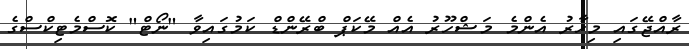
ރާއްޖޭގައި މިހާރު އެންމެ މަޝްހޫރު އެއް މޭކަޕް ބްރޭންޑް ކަމުގައިވާ "ނޯޓް" ކޮސްމެޓިކްސްގެ